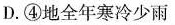
D.④地全年寒冷少雨